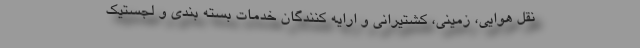
نقل هوایی، زمینی، کشتیرانی و ارایه کنندگان خدمات بسته بندی و لجستیک